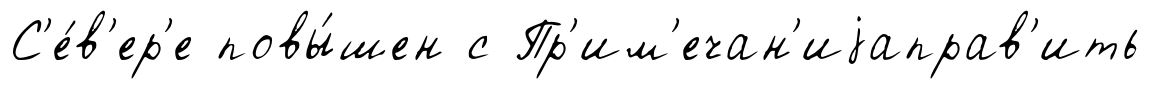
С'е́в'ер'е повы́шен с Пр'им'ечан'иjаправ'ить